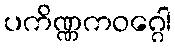
ပကိဏ္ဏကဝဂ္ဂေါ